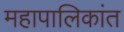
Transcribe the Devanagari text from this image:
महापालिकांत